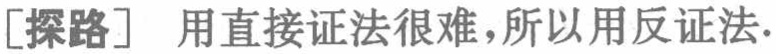
[探路] 用直接证法很难,所以用反证法.